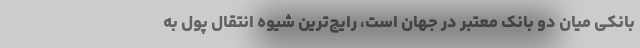
بانکی میان دو بانک معتبر در جهان است، رایج‌ترین شیوه انتقال پول به